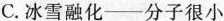
C.冰雪融化——分子很小